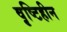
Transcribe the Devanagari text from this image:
वृष्टिहीन